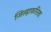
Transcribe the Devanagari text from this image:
जिल्हाकरिता